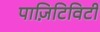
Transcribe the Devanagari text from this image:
पाज़िटिविटी